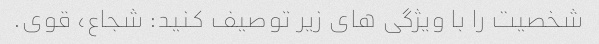
شخصیت را با ویژگی های زیر توصیف کنید: شجاع، قوی.